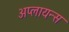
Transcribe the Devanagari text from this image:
अप्लायन्स